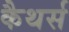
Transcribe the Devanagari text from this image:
कैथर्स